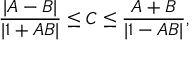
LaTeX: { \frac { | A - B | } { | 1 + A B | } } \leq C \leq { \frac { A + B } { | 1 - A B | } } ,